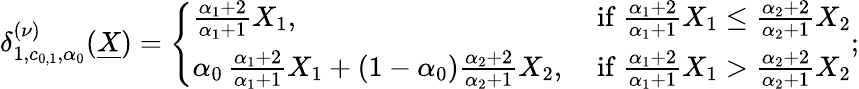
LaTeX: \begin{array}{r}{\delta_{1,c_{0,1},\alpha_{0}}^{(\nu)}(\underline{{X}})=\left\{ \begin{array}{ll}{\frac{\alpha_{1}+2}{\alpha_{1}+1}X_{1},}&{\mathrm{~if~}\frac{\alpha_{1}+2}{\alpha_{1}+1}X_{1}\leq\frac{\alpha_{2}+2}{\alpha_{2}+1}X_{2}}\\ {\alpha_{0}\, \frac{\alpha_{1}+2}{\alpha_{1}+1}X_{1}+(1-\alpha_{0})\frac{\alpha_{2}+2}{\alpha_{2}+1}X_{2},}&{\mathrm{~if~}\frac{\alpha_{1}+2}{\alpha_{1}+1}X_{1}>\frac{\alpha_{2}+2}{\alpha_{2}+1}X_{2}}\end{array}\right.;}\end{array}